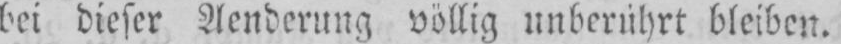
bei dieser Aenderung völlig unberührt bleiben.